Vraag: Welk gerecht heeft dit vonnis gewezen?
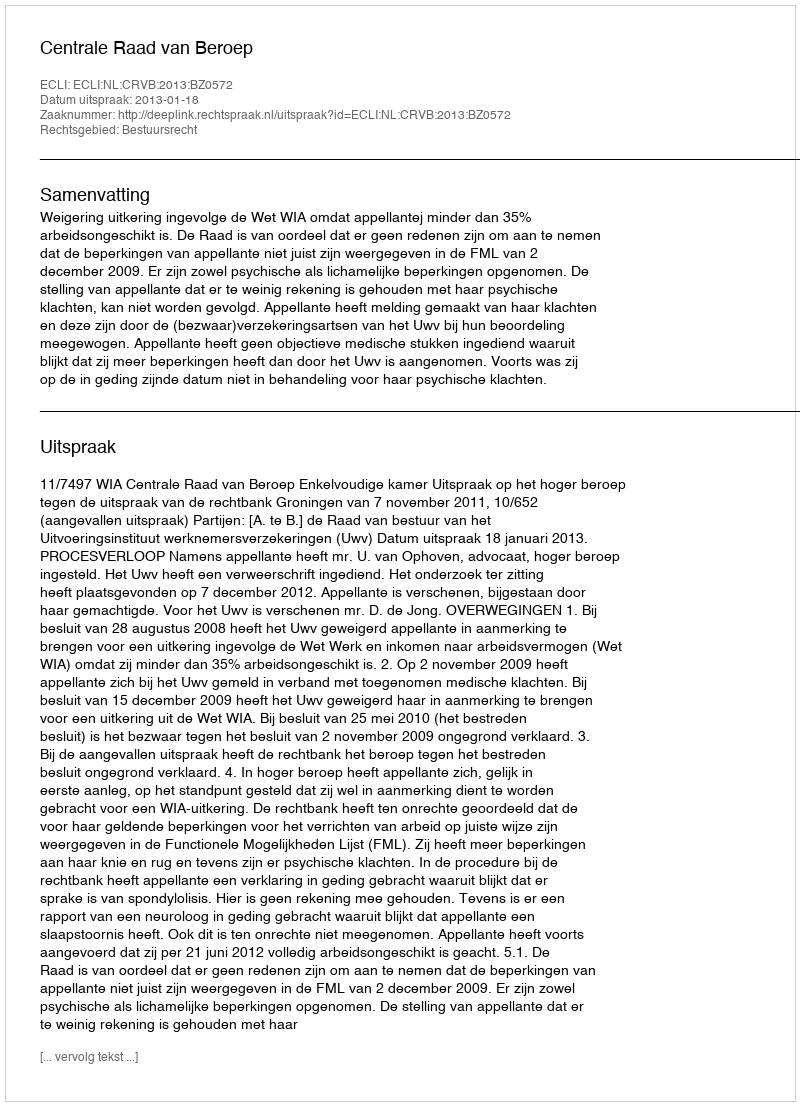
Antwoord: Centrale Raad van Beroep